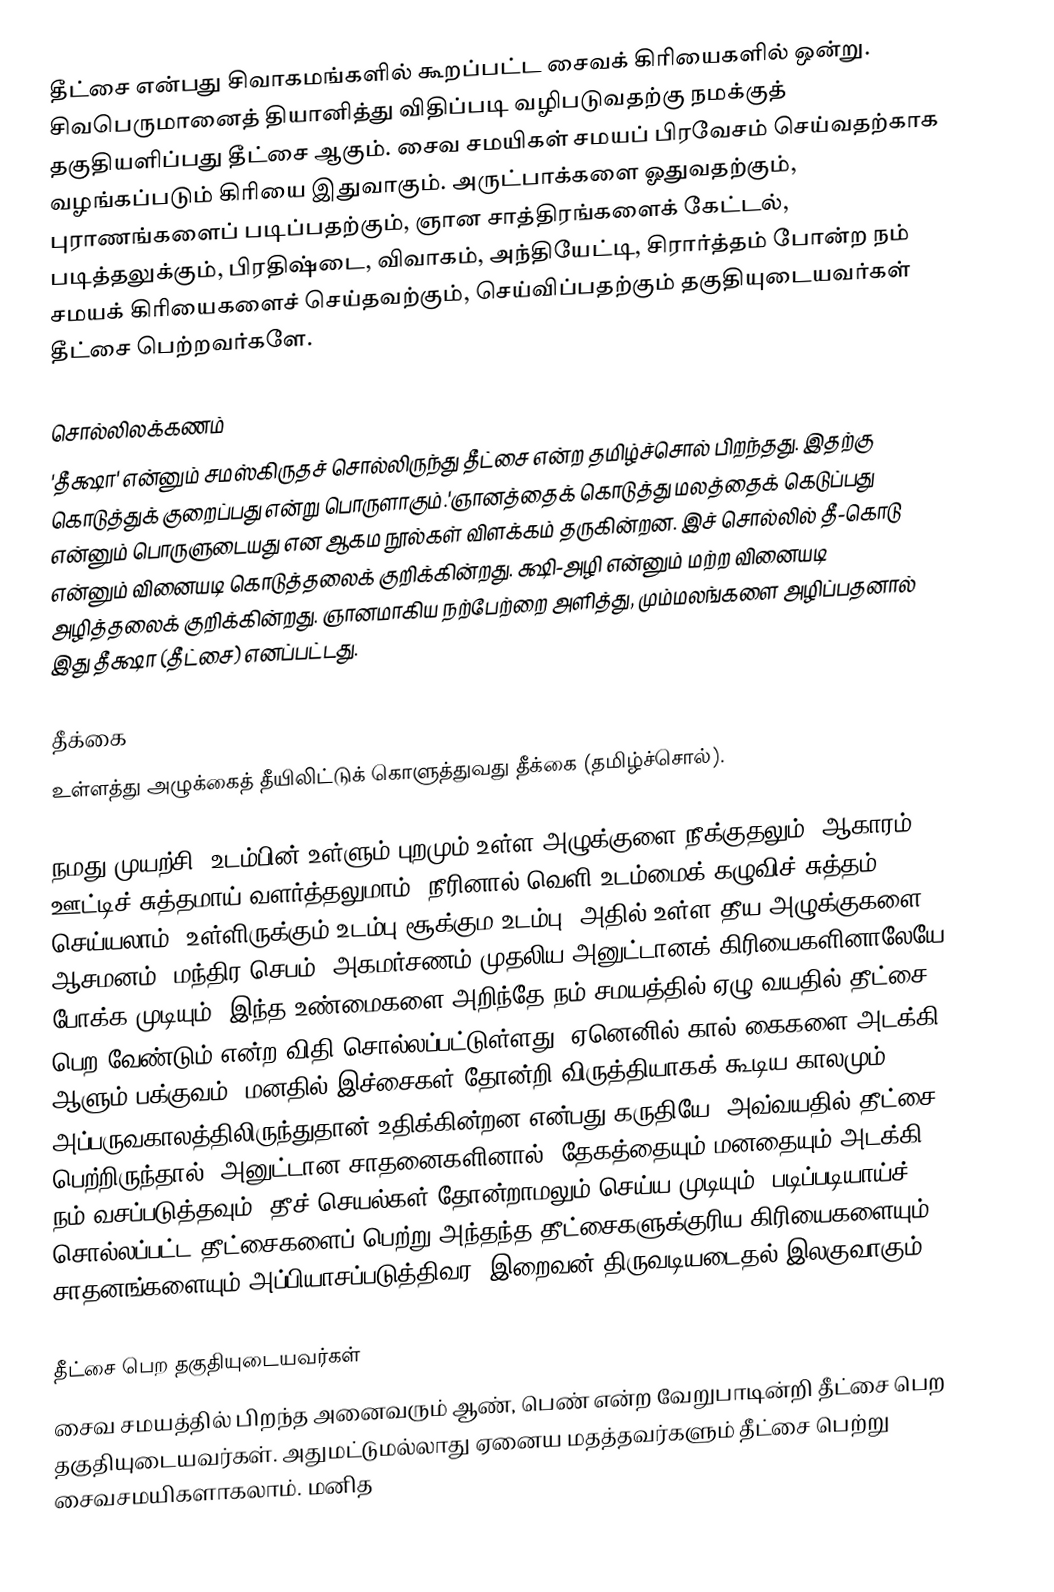
தீட்சை என்பது சிவாகமங்களில் கூறப்பட்ட சைவக் கிரியைகளில் ஒன்று. சிவபெருமானைத் தியானித்து விதிப்படி வழிபடுவதற்கு நமக்குத் தகுதியளிப்பது தீட்சை ஆகும். சைவ சமயிகள் சமயப் பிரவேசம் செய்வதற்காக வழங்கப்படும் கிரியை இதுவாகும். அருட்பாக்களை ஓதுவதற்கும், புராணங்களைப் படிப்பதற்கும், ஞான சாத்திரங்களைக் கேட்டல், படித்தலுக்கும், பிரதிஷ்டை, விவாகம், அந்தியேட்டி, சிரார்த்தம் போன்ற நம் சமயக் கிரியைகளைச் செய்தவற்கும், செய்விப்பதற்கும் தகுதியுடையவர்கள் தீட்சை பெற்றவர்களே.

சொல்லிலக்கணம்
'தீக்ஷா' என்னும் சமஸ்கிருதச் சொல்லிருந்து தீட்சை என்ற தமிழ்ச்சொல் பிறந்தது. இதற்கு கொடுத்துக் குறைப்பது என்று பொருளாகும்.'ஞானத்தைக் கொடுத்து மலத்தைக் கெடுப்பது என்னும் பொருளுடையது என ஆகம நூல்கள் விளக்கம் தருகின்றன. இச் சொல்லில் தீ-கொடு என்னும் வினையடி கொடுத்தலைக் குறிக்கின்றது. க்ஷி-அழி என்னும் மற்ற வினையடி அழித்தலைக் குறிக்கின்றது. ஞானமாகிய நற்பேற்றை அளித்து, மும்மலங்களை அழிப்பதனால் இது தீக்ஷா (தீட்சை) எனப்பட்டது.

தீக்கை
உள்ளத்து அழுக்கைத் தீயிலிட்டுக் கொளுத்துவது தீக்கை (தமிழ்ச்சொல்).

நமது முயற்சி, உடம்பின் உள்ளும் புறமும் உள்ள அழுக்குளை நீக்குதலும், ஆகாரம் ஊட்டிச் சுத்தமாய் வளர்த்தலுமாம். நீரினால் வெளி உடம்மைக் கழுவிச் சுத்தம் செய்யலாம்; உள்ளிருக்கும் உடம்பு சூக்கும உடம்பு; அதில் உள்ள தீய அழுக்குகளை, ஆசமனம், மந்திர செபம், அகமர்சணம் முதலிய அனுட்டானக் கிரியைகளினாலேயே போக்க முடியும். இந்த உண்மைகளை அறிந்தே நம் சமயத்தில் ஏழு வயதில் தீட்சை பெற வேண்டும் என்ற விதி சொல்லப்பட்டுள்ளது. ஏனெனில் கால் கைகளை அடக்கி ஆளும் பக்குவம், மனதில் இச்சைகள் தோன்றி விருத்தியாகக் கூடிய காலமும், அப்பருவகாலத்திலிருந்துதான் உதிக்கின்றன என்பது கருதியே. அவ்வயதில் தீட்சை பெற்றிருந்தால், அனுட்டான சாதனைகளினால், தேகத்தையும் மனதையும் அடக்கி நம் வசப்படுத்தவும், தீச் செயல்கள் தோன்றாமலும் செய்ய முடியும். படிப்படியாய்ச் சொல்லப்பட்ட தீட்சைகளைப் பெற்று அந்தந்த தீட்சைகளுக்குரிய கிரியைகளையும் சாதனங்களையும் அப்பியாசப்படுத்திவர, இறைவன் திருவடியடைதல் இலகுவாகும்.

தீட்சை பெற தகுதியுடையவர்கள்
சைவ சமயத்தில் பிறந்த அனைவரும் ஆண், பெண் என்ற வேறுபாடின்றி தீட்சை பெற தகுதியுடையவர்கள். அதுமட்டுமல்லாது ஏனைய மதத்தவர்களும் தீட்சை பெற்று சைவசமயிகளாகலாம். மனித